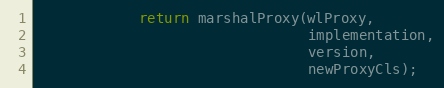
Language: Java
            return marshalProxy(wlProxy,
                                implementation,
                                version,
                                newProxyCls);